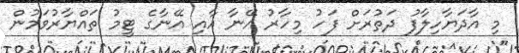
މި އާދަޔާހިލާފު ދަތުރަށް ފަހު މިހާރު އޭނާ އާއި އޭނާގެ ޓީމު ތައްޔާރުވަމުން